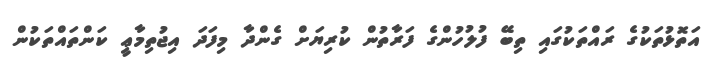
އަތޮޅުތަކުގެ ރައްތަކުގައި ތިބޭ ފުލުހުންގެ ފަރާތުން ކުރިޔަށް ގެންދާ މިފަދަ އިޖުތިމާޢީ ކަންތައްތަކުން